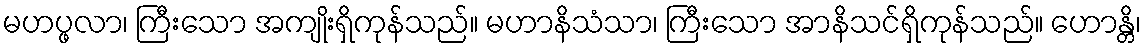
မဟပ္ဖလာ၊ ကြီးသော အကျိုးရှိကုန်သည်။ မဟာနိသံသာ၊ ကြီးသော အာနိသင်ရှိကုန်သည်။ ဟောန္တိ၊